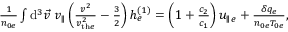
\begin{array} { r } { \frac { 1 } { n _ { 0 e } } \int \mathrm { d } ^ { 3 } \vec { v } \: v _ { \parallel } \left( \frac { v ^ { 2 } } { v _ { \mathrm { t h } e } ^ { 2 } } - \frac { 3 } { 2 } \right) h _ { e } ^ { ( 1 ) } = \left( 1 + \frac { c _ { 2 } } { c _ { 1 } } \right) u _ { \parallel e } + \frac { \delta q _ { e } } { n _ { 0 e } T _ { 0 e } } , } \end{array}